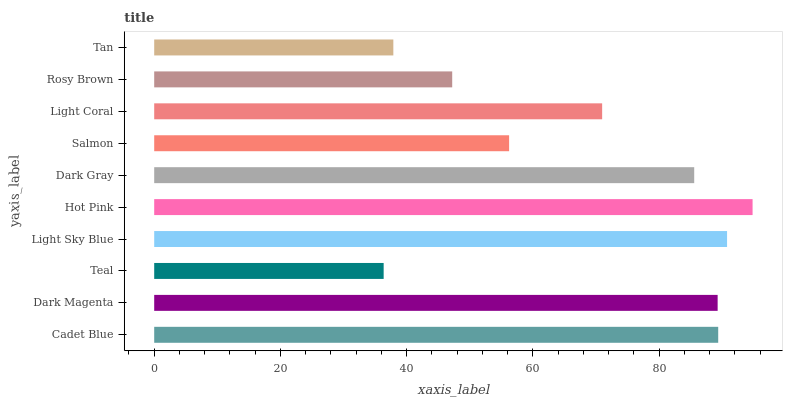
| yaxis_label | bars |
 | --- | --- |
 | Cadet Blue | 89.4 |
 | Dark Magenta | 89.3 |
 | Teal | 36.4 |
 | Light Sky Blue | 90.8 |
 | Hot Pink | 94.8 |
 | Dark Gray | 85.6 |
 | Salmon | 56.2 |
 | Light Coral | 71 |
 | Rosy Brown | 47.2 |
 | Tan | 37.9 |